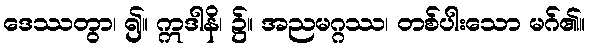
ဒေဿတွာ၊ ၍။ ဣဒါနိ၊ ၌။ အညမဂ္ဂဿ၊ တစ်ပါးသော မဂ်၏။